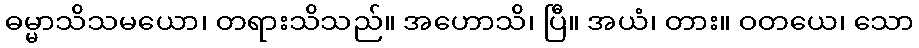
ဓမ္မာသိသမယော၊ တရားသိသည်။ အဟောသိ၊ ပြီ။ အယံ၊ တား။ ဝတယေ၊ သော